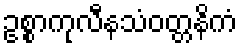
ဥစ္စာကုလီနသံဝတ္တနိကံ